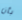
بأن